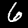
Digit: 6